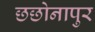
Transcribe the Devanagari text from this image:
छछोनापुर